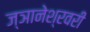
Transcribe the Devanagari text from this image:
ज्ञानेश्रवरी